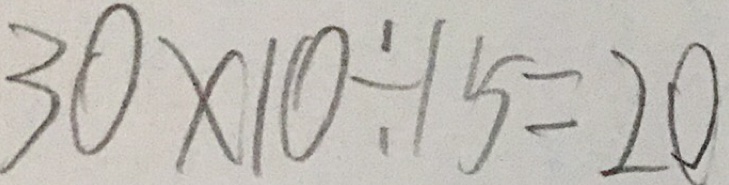
3 0 \times 1 0 \div 1 5 = 2 0